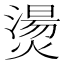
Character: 燙